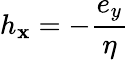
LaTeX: h_{\mathbf{x}}=-{\frac{{e_{y}}}{{\eta}}}